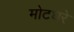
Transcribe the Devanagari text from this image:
मोटघरे